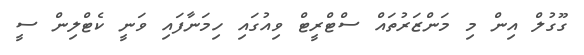
ގޫގުލް އިން މި މަންޒަރުތައް ސްޓްރީޓް ވިއުގައި ހިމަނާފައި ވަނީ ކެޓްލިން ސީ